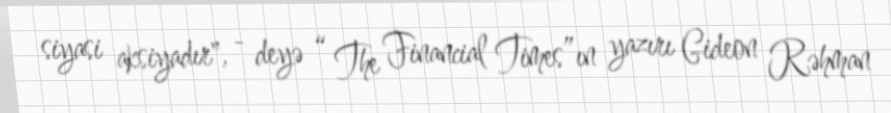
siyasi aksiyadır", - deyə “ The Financial Times”ın yazırı Gideon Rəhman